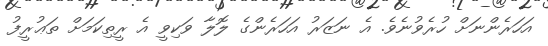
އަހަރެންނަށް ހުރެވުނެވެ. އެ ނަޒަރު އަހަރެންގެ ލޮލާ ވަކިވީ އެ ރީތިކަމަށް ތަޢުރީފު